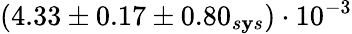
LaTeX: (4.33\pm0.17\pm0.80_{s\mathbf{y}s})\cdot10^{-3}